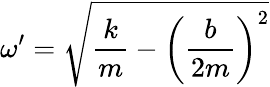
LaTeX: \omega^{\prime}={\sqrt{{\frac{k}{m}}-\left({\frac{b}{2m}}\right)^{2}}}